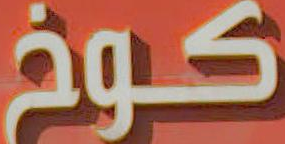
كوخ